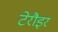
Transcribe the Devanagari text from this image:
टेरौइर